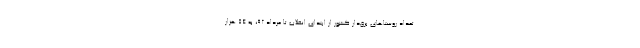
تعداد روستا‌های برق‌دار کشور از ابتدای انقلاب تا مرداد ۹۲، به ۵۴ هزار